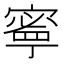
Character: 𫝱